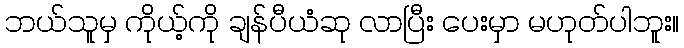
ဘယ်သူမှ ကိုယ့်ကို ချန်ပီယံဆု လာပြီး ပေးမှာ မဟုတ်ပါဘူး။